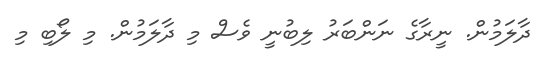
ދާލަމުން. ނީރާގެ ނަންބަރު ލިބުނީ ވެސް މި ދާލަމުން. މި ލޯބި މި